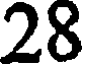
28